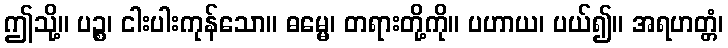
ဤသို့။ ပဉ္စ၊ ငါးပါးကုန်သော။ ဓမ္မေ၊ တရားတို့ကို။ ပဟာယ၊ ပယ်၍။ အရဟတ္တံ၊